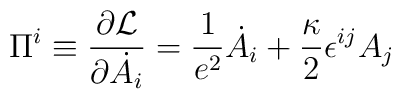
\Pi^i\equiv {\partial {\cal L}\over \partial \dot{A_i}}=\frac{1}{e^2}\dot{A}_i+\frac{\kappa}{2}\epsilon^{ij}A_j